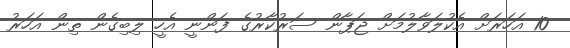
10 އަހަރަށް އެކުލަވާލުމަށް ޖަޕާން ސަރުކާރުގެ ފަންނީ އެހީ ލިބިގެން ތިން އަހަރު